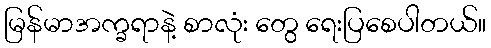
မြန်မာအက္ခရာနဲ့ စာလုံး တွေ ရေးပြစေပါတယ်။